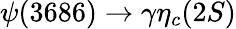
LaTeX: \psi(3686)\to\gamma\eta_{c}(2S)